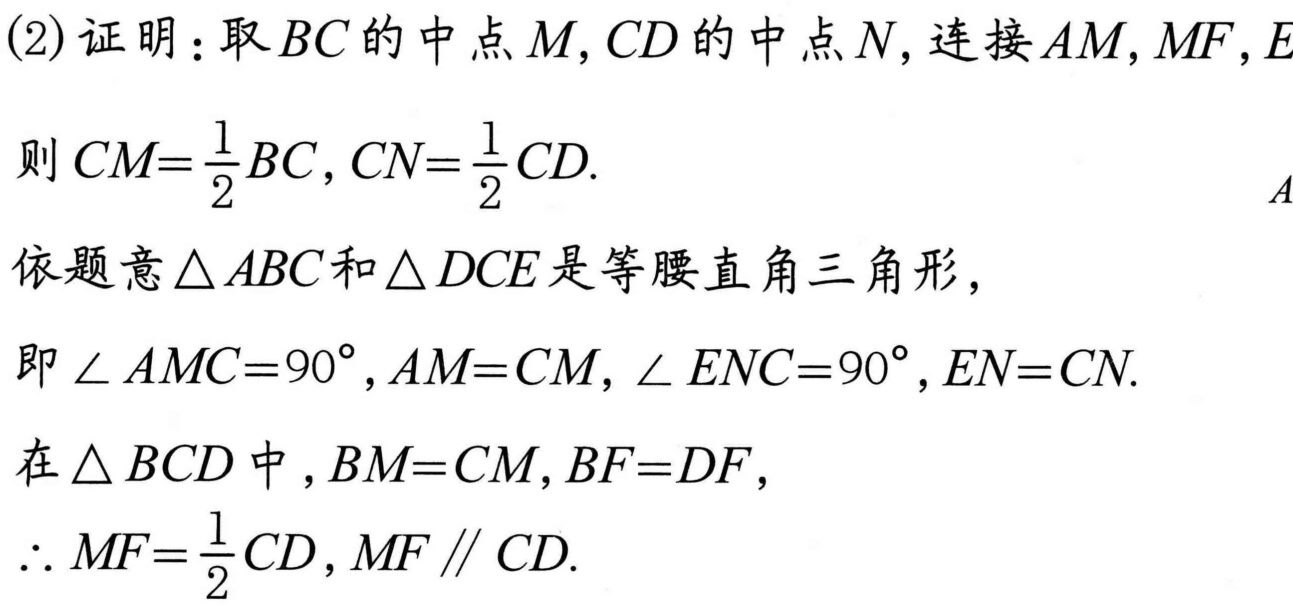
(2)证明：取$BC$的中点$M,CD$的中点$N$,连接$AM,MF,EN$
则$CM = \frac{1}{2}BC,CN=\frac{1}{2}CD$.
依题意$\triangle ABC$和$\triangle DCE$是等腰直角三角形，
即$\angle AMC = 90^{\circ},AM = CM,\angle ENC = 90^{\circ},EN = CN$.
在$\triangle BCD$中$,BM = CM,BF = DF$,
$\therefore MF=\frac{1}{2}CD,MF\parallel CD$.